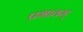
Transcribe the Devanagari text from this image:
प्रभावम्